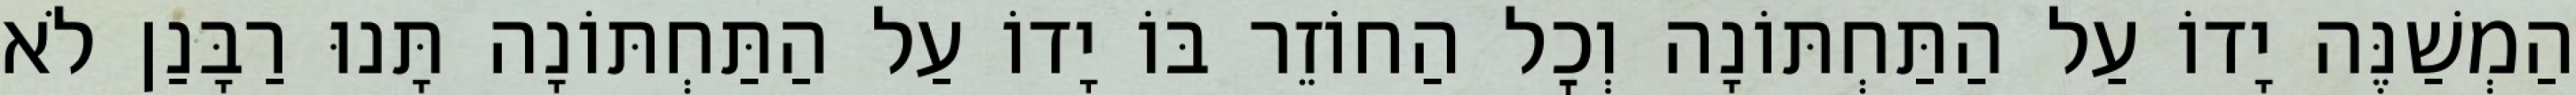
הַמְשַׁנֶּה יָדוֹ עַל הַתַּחְתּוֹנָה וְכׇל הַחוֹזֵר בּוֹ יָדוֹ עַל הַתַּחְתּוֹנָה תָּנוּ רַבָּנַן לֹא